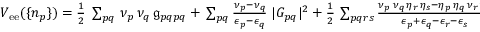
\begin{array} { r } { V _ { \mathrm { e e } } ( \{ n _ { p } \} ) = \frac { 1 } { 2 } \; \sum _ { p q } \, \nu _ { p } \, \nu _ { q } \, \mathfrak { g } _ { p q p q } + \, \sum _ { p q } \frac { \nu _ { p } - \nu _ { q } } { \epsilon _ { p } - \epsilon _ { q } } \; | G _ { p q } | ^ { 2 } + \frac { 1 } { 2 } \, \sum _ { p q r s } \frac { \nu _ { p } \, \nu _ { q } \, \eta _ { r } \, \eta _ { s } - \eta _ { p } \, \eta _ { q } \, \nu _ { r } \, \nu _ { s } } { \epsilon _ { p } + \epsilon _ { q } - \epsilon _ { r } - \epsilon _ { s } } \; | \mathfrak { g } _ { p q r s } | ^ { 2 } } \end{array}